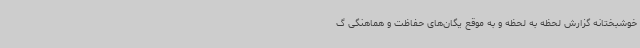
خوشبختانه گزارش لحظه به لحظه و به موقع یگان‌های حفاظت و هماهنگی گ